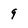
Character: 9